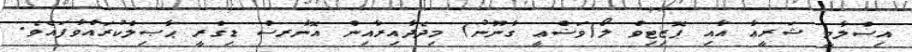
އިސްލާމީ ޝަރީޢާ އާއި ޕޮޒިޓިވް ލޯ(ވަޟްޢީ ގާނޫނު) މިދެދާއިރާއިން އޮނާރސް ޑިގްރީ ޙާޞިލްކުރައްވާފައެވެ.